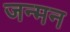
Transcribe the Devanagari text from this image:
जन्मन